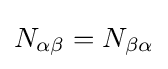
N_{\alpha \beta }=N_{\beta \alpha }